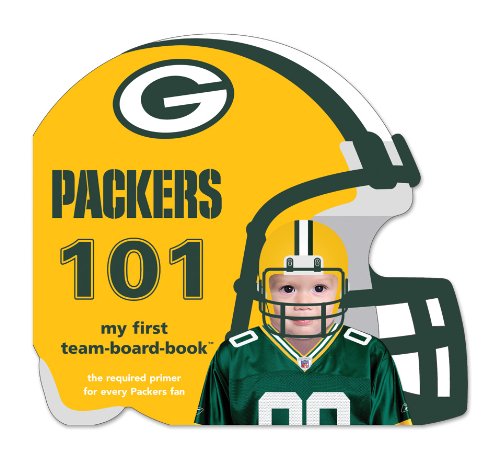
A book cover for Green Bay Packers 101 (101: My First Team-Board-Book); Brad Epstein; Children's Books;